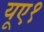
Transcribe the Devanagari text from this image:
यूए१